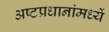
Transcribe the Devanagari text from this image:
अष्टप्रधानांमध्यें